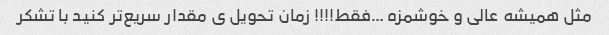
مثل همیشه عالی و خوشمزه …فقط!!!! زمان تحویل ی مقدار سریع‌تر کنید با تشکر